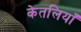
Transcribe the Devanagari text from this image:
केतलियाँ